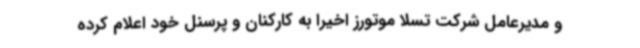
و مدیرعامل شرکت تسلا موتورز اخیراً به کارکنان و پرسنل خود اعلام کرده